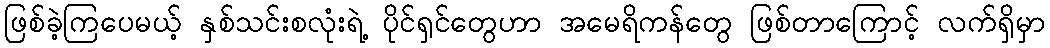
ဖြစ်ခဲ့ကြပေမယ့် နှစ်သင်းစလုံးရဲ့ ပိုင်ရှင်တွေဟာ အမေရိကန်တွေ ဖြစ်တာကြောင့် လက်ရှိမှာ